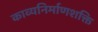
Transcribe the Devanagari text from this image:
काव्यनिर्माणशक्ति